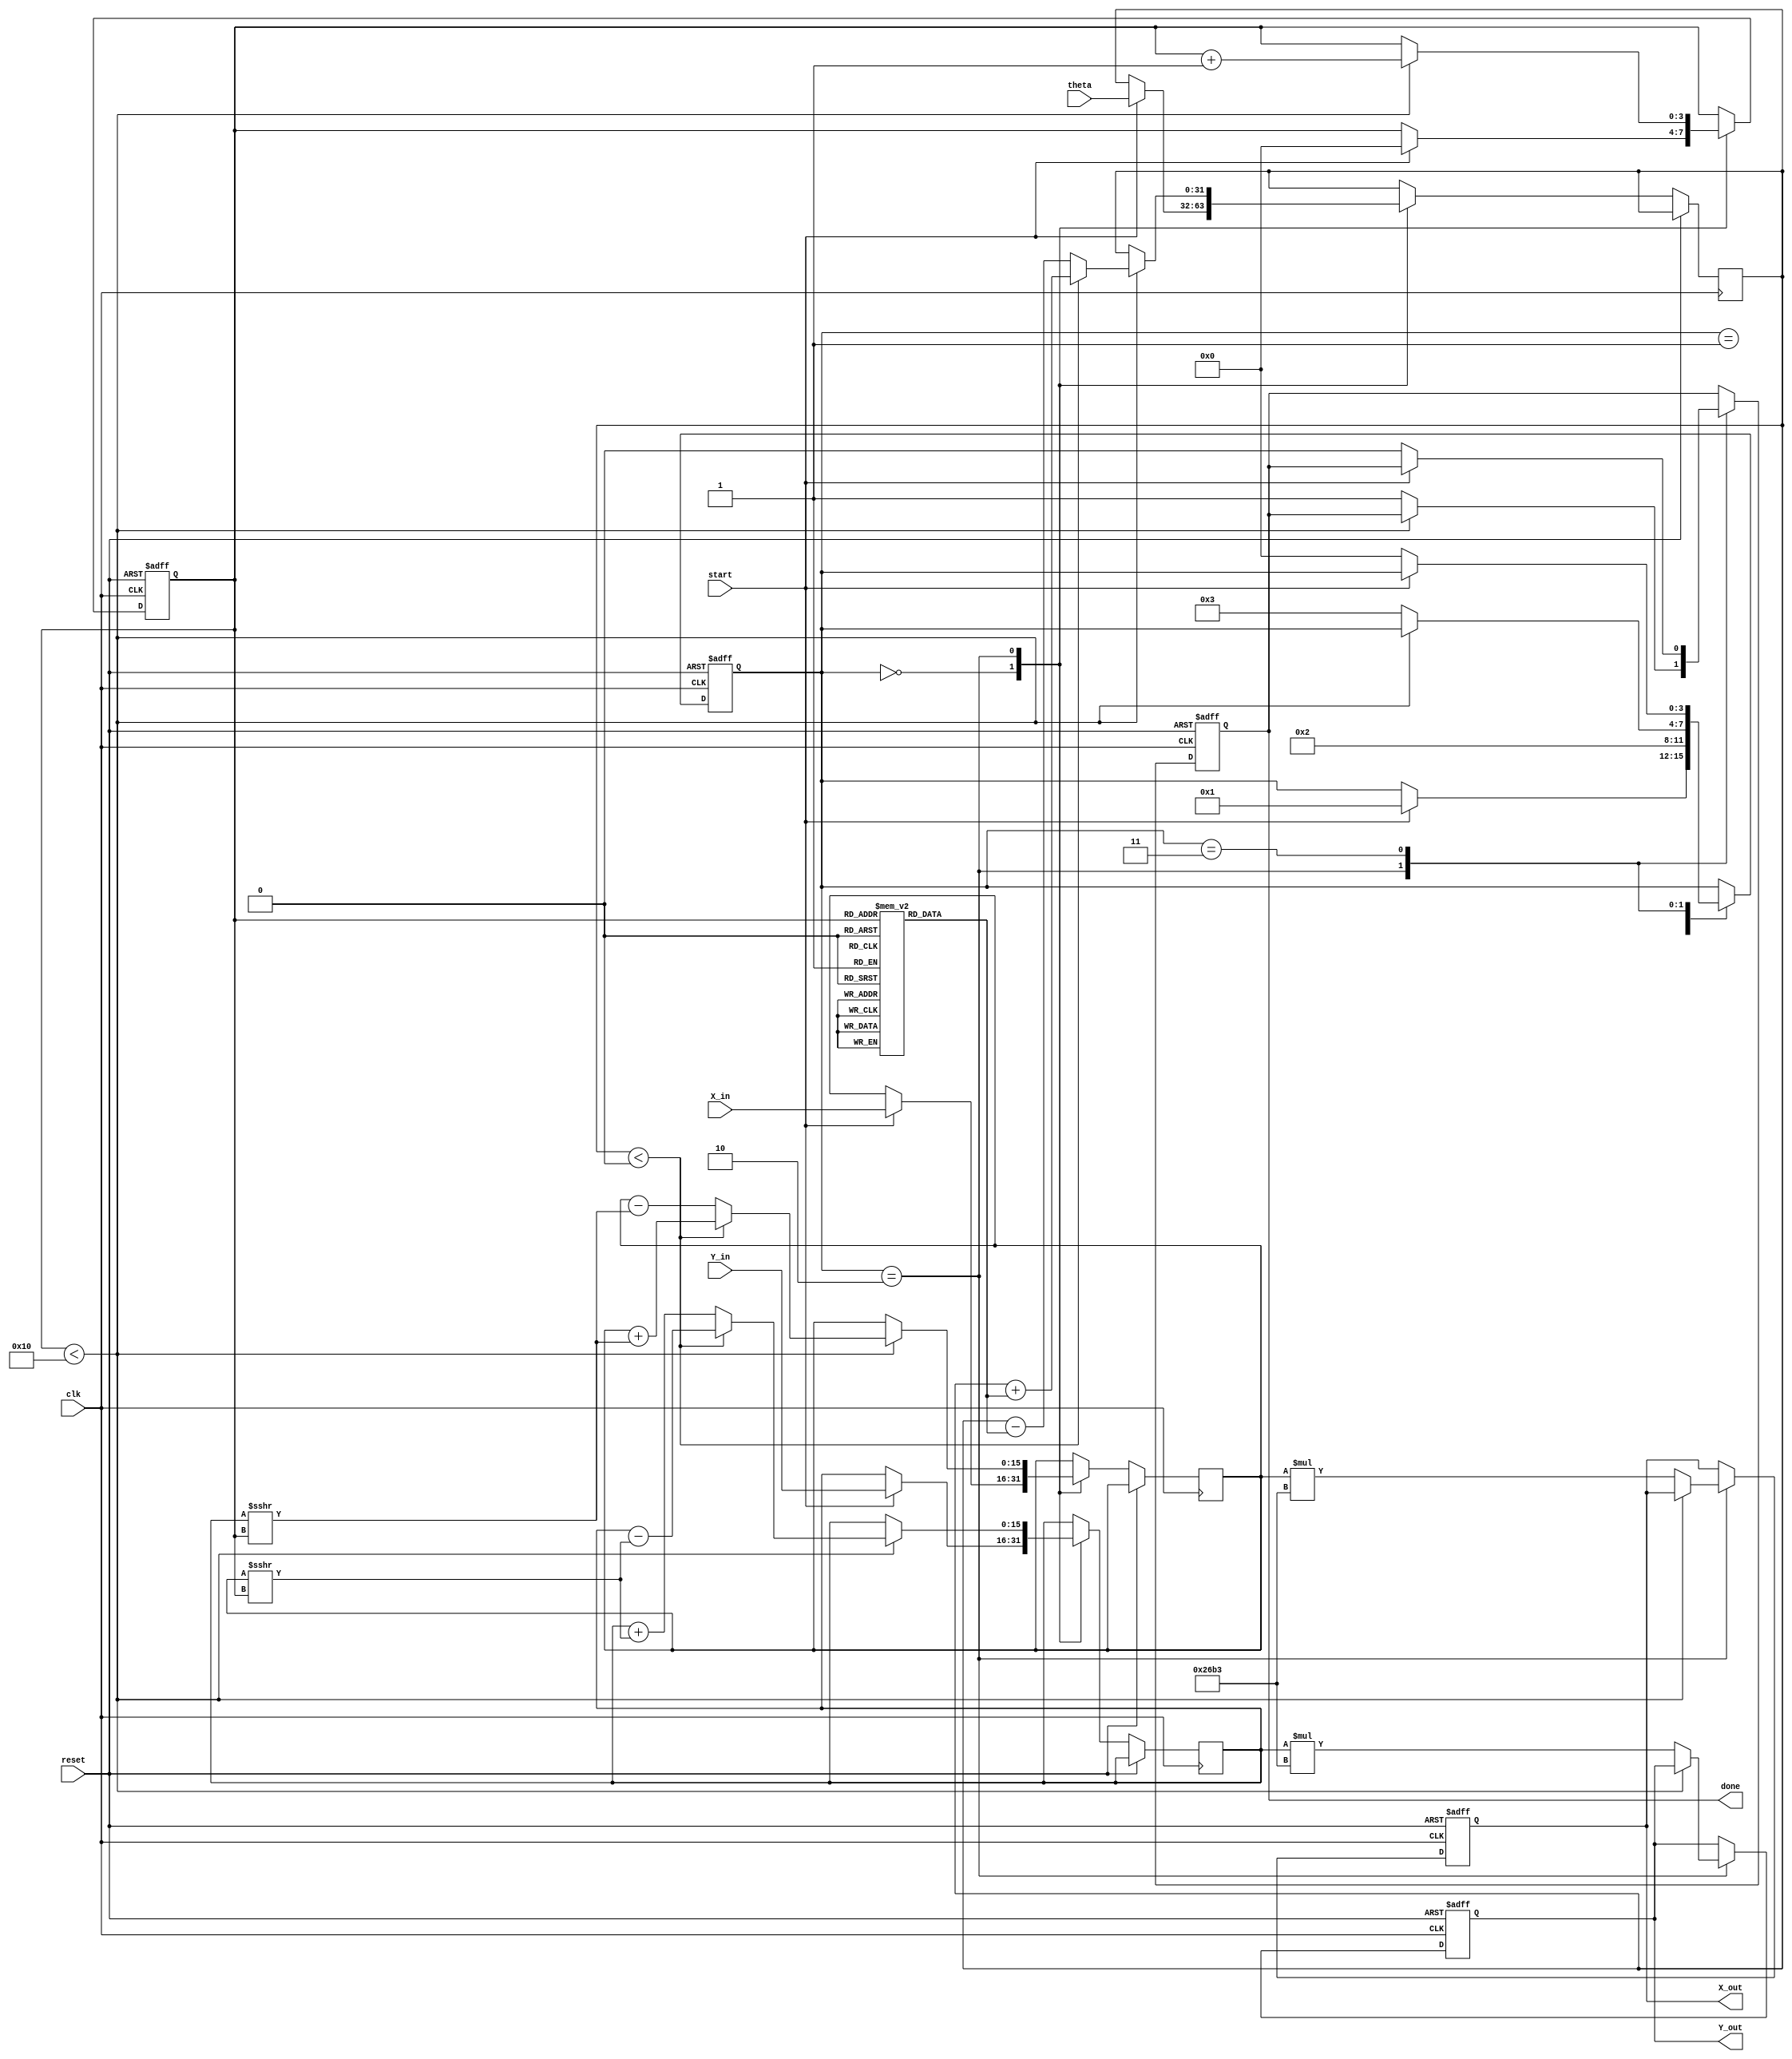
module cordic_arithmetic_block #(
    parameter N = 16,                    // Number of iterations
    parameter WIDTH = 16,                // Bit width for fixed-point representation
    parameter ANGLE_WIDTH = 32           // Bit width for angle representation
)(
    input  wire clk,                     // Clock signal
    input  wire reset,                   // Reset signal
    input  wire start,                   // Start signal for CORDIC operation
    input  wire signed [WIDTH-1:0] X_in, // Input X coordinate
    input  wire signed [WIDTH-1:0] Y_in, // Input Y coordinate
    input  wire signed [ANGLE_WIDTH-1:0] theta, // Input angle
    output reg signed [WIDTH-1:0] X_out, // Output X coordinate
    output reg signed [WIDTH-1:0] Y_out, // Output Y coordinate
    output reg done                     // Done signal
);

    // Internal registers
    reg signed [WIDTH-1:0] X_reg;
    reg signed [WIDTH-1:0] Y_reg;
    reg signed [ANGLE_WIDTH-1:0] theta_reg;
    reg [3:0] state;                     // State variable for FSM
    reg [3:0] iteration;                 // Iteration counter

    // CORDIC gain constant (for normalization)
    localparam signed [WIDTH-1:0] K = 16'h26B3; // Example scaling factor for N=16

    // Precomputed atan(2^-i) values for rotation
    reg signed [ANGLE_WIDTH-1:0] atan_table [0:N-1];
    initial begin
        atan_table[0] = 32'h00000000; // atan(2^0)
        atan_table[1] = 32'h0000003F; // atan(2^-1)
        atan_table[2] = 32'h0000001A; // atan(2^-2)
        // Fill in the rest of the atan values...
        // (You would need to compute these values based on your required precision)
    end

    // State encoding
    localparam IDLE = 0, INIT = 1, ITERATE = 2, DONE_STATE = 3;

    // Control logic
    always @(posedge clk or posedge reset) begin
        if (reset) begin
            state <= IDLE;
            done <= 0;
            iteration <= 0;
            X_out <= 0;
            Y_out <= 0;
        end else begin
            case (state)
                IDLE: begin
                    if (start) begin
                        X_reg <= X_in;
                        Y_reg <= Y_in;
                        theta_reg <= theta;
                        iteration <= 0;
                        state <= INIT;
                    end
                end
                INIT: begin
                    // Initialization complete, start iterations
                    state <= ITERATE;
                end
                ITERATE: begin
                    if (iteration < N) begin
                        // Perform CORDIC rotation
                        if (theta_reg < 0) begin
                            // Counter-clockwise rotation
                            X_reg <= X_reg + (Y_reg >>> iteration);
                            Y_reg <= Y_reg - (X_reg >>> iteration);
                            theta_reg <= theta_reg + atan_table[iteration];
                        end else begin
                            // Clockwise rotation
                            X_reg <= X_reg - (Y_reg >>> iteration);
                            Y_reg <= Y_reg + (X_reg >>> iteration);
                            theta_reg <= theta_reg - atan_table[iteration];
                        end
                        iteration <= iteration + 1;
                    end else begin
                        // Finished iterations
                        X_out <= X_reg * K; // Apply scaling factor
                        Y_out <= Y_reg * K; // Apply scaling factor
                        done <= 1;
                        state <= DONE_STATE;
                    end
                end
                DONE_STATE: begin
                    // Stay in done state until reset
                    if (!start) begin
                        state <= IDLE;
                        done <= 0;
                    end
                end
            endcase
        end
    end

endmodule